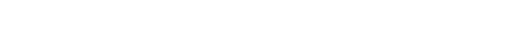
ဥပဋ္ဌာကော၊ အလုပ်အကျွေးတော်ရဟန်းသည်။ သမ္ဘဝေါနာမ၊ သမ္ဘဝအမည်ရှိ၏။